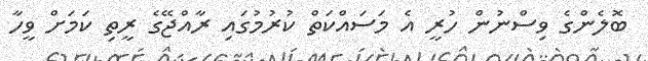
ބޮލެންގެ ވިސްނުން ހުރީ އެ މަސައްކަތް ކުރުމުގައި ރާއްޖޭގެ ރީތި ކަމަށް ވީހާ